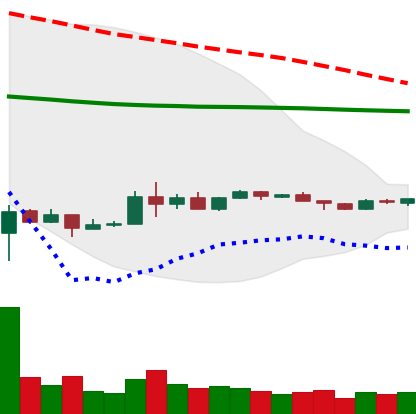
Ticker: EOS-USD
Chart end date: 2020-04-01
Forward return: 20.462%
Label: up_7plus